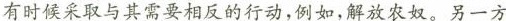
有时候采取与其需要相反的行动，例如，解放农奴。另一方